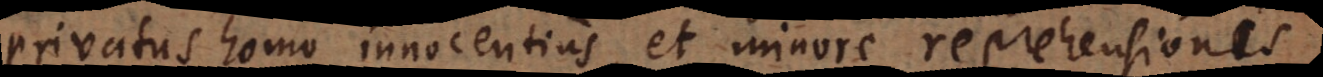
privatus homo innocentius, et minore reprehensione